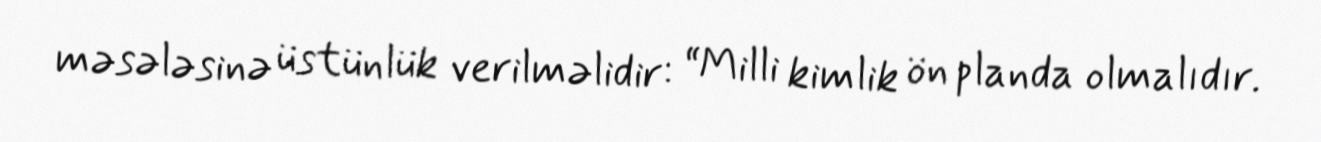
məsələsinə üstünlük verilməlidir: “Milli kimlik ön planda olmalıdır.